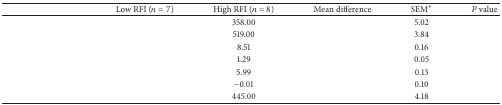
<table><thead><tr><td>[EMPTY_CELL]</td><td><b>Low RFI (<i>n</i> = 7)</b></td><td><b>High RFI (<i>n</i> = 8)</b></td><td><b>Mean difference</b></td><td><b>SEM<sup>∗</sup></b></td><td><b><i>P</i> value</b></td></tr></thead><tbody><tr><td>[EMPTY_CELL]</td><td>[EMPTY_CELL]</td><td>358.00</td><td>[EMPTY_CELL]</td><td>5.02</td><td>[EMPTY_CELL]</td></tr><tr><td>[EMPTY_CELL]</td><td>[EMPTY_CELL]</td><td>519.00</td><td>[EMPTY_CELL]</td><td>3.84</td><td>[EMPTY_CELL]</td></tr><tr><td>[EMPTY_CELL]</td><td>[EMPTY_CELL]</td><td>8.51</td><td>[EMPTY_CELL]</td><td>0.16</td><td>[EMPTY_CELL]</td></tr><tr><td>[EMPTY_CELL]</td><td>[EMPTY_CELL]</td><td>1.29</td><td>[EMPTY_CELL]</td><td>0.05</td><td>[EMPTY_CELL]</td></tr><tr><td>[EMPTY_CELL]</td><td>[EMPTY_CELL]</td><td>5.99</td><td>[EMPTY_CELL]</td><td>0.13</td><td>[EMPTY_CELL]</td></tr><tr><td>[EMPTY_CELL]</td><td>[EMPTY_CELL]</td><td>−0.01</td><td>[EMPTY_CELL]</td><td>0.10</td><td>[EMPTY_CELL]</td></tr><tr><td>[EMPTY_CELL]</td><td>[EMPTY_CELL]</td><td>445.00</td><td>[EMPTY_CELL]</td><td>4.18</td><td>[EMPTY_CELL]</td></tr></tbody></table>